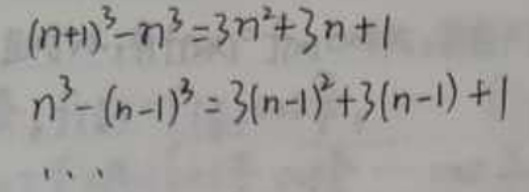
\begin{align*}
(n + 1)^3 - n^3&=3n^2+3n + 1\\
n^3-(n - 1)^3&=3(n - 1)^2+3(n - 1)+1
\end{align*}